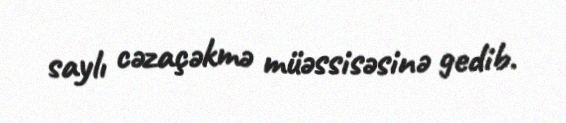
saylı cəzaçəkmə müəssisəsinə gedib.